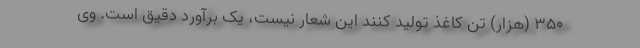
٣۵٠ (هزار) تن کاغذ تولید کنند این شعار نیست، یک برآورد دقیق است. وی